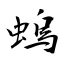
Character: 螐